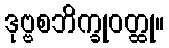
ဒုဗ္ဗစဘိက္ခုဝတ္ထု။